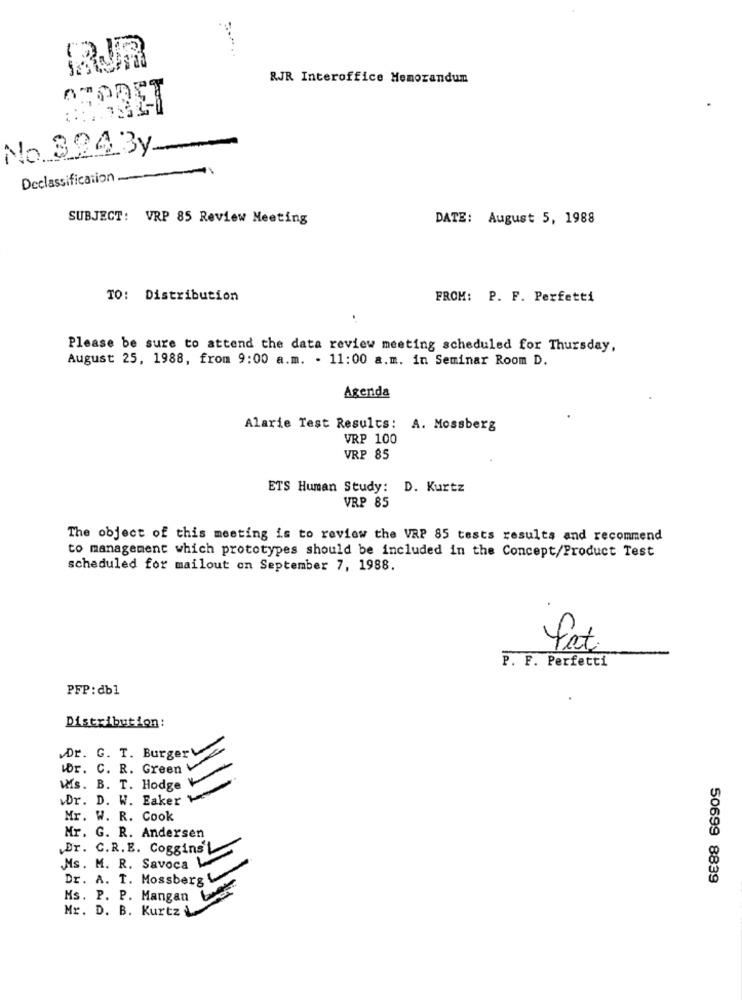
RJR Interoffice Memorandum
No 3293y
Declassification.
SUBJECT: VRP 85 Review Meeting
DATE: August 5, 1988
TO: Distribution
FROM: P. F. Perfetti
Please be sure to attend the data review meeting scheduled for Thursday,
August 25, 1988, from 9:00 a.m. - 11:00 a.m. in Seminar Room D.
Agenda
Alarie Test Results: A. Mossberg
VRP 100
VRP 85
ETS Human Study: D. Kurtz
VRP 85
The object of this meeting is to review the VRP 85 tests results and recommend
to management which prototypes should be included in the Concept/Product Test
scheduled for mailout on September 7, 1988.
fat
P. F. Perfetti
PFP:db1
Distribution:
Dr. G. T. BurgerV
Wr. C. R. Green V
Ws. B. T. Hodge
Dr. D. W. Eaker
Mr. W. R. Cook
Mr. G. R. Andersen
Dr. C.R.E. Coggins
Ms. M. R. Savoca
Dr. A. T. Mossberg
50699 8839
Ms. P. P. Mangan
Mr. D. B. Kurtz